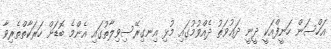
އަހްސަން ހަނީފްއަކީ ދީނީ ދަޢުވަތު ދެއްވުމުގައި މުޅި އިނގިރޭސިވިލާތުގައި އެންމެ ބޮޑަށް ހަރަކާތްތެރިވާ